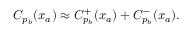
\begin{array} { r } { C _ { p _ { b } } ( x _ { a } ) \approx C _ { p _ { b } } ^ { + } ( x _ { a } ) + C _ { p _ { b } } ^ { - } ( x _ { a } ) . } \end{array}